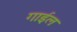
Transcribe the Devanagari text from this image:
गाईल